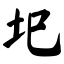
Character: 圯